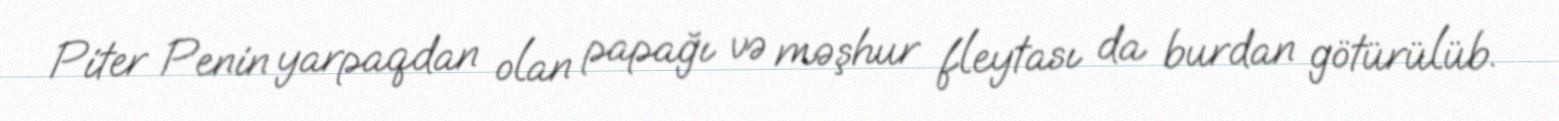
Piter Penin yarpaqdan olan papağı və məşhur fleytası da burdan götürülüb.